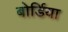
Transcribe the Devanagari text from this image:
बोर्डिया